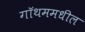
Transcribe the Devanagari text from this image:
गॉथममधील